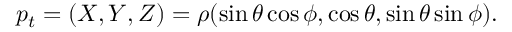
p _ { t } = ( X , Y , Z ) = \rho ( \sin { \theta } \cos { \phi } , \cos { \theta } , \sin { \theta } \sin { \phi } ) .